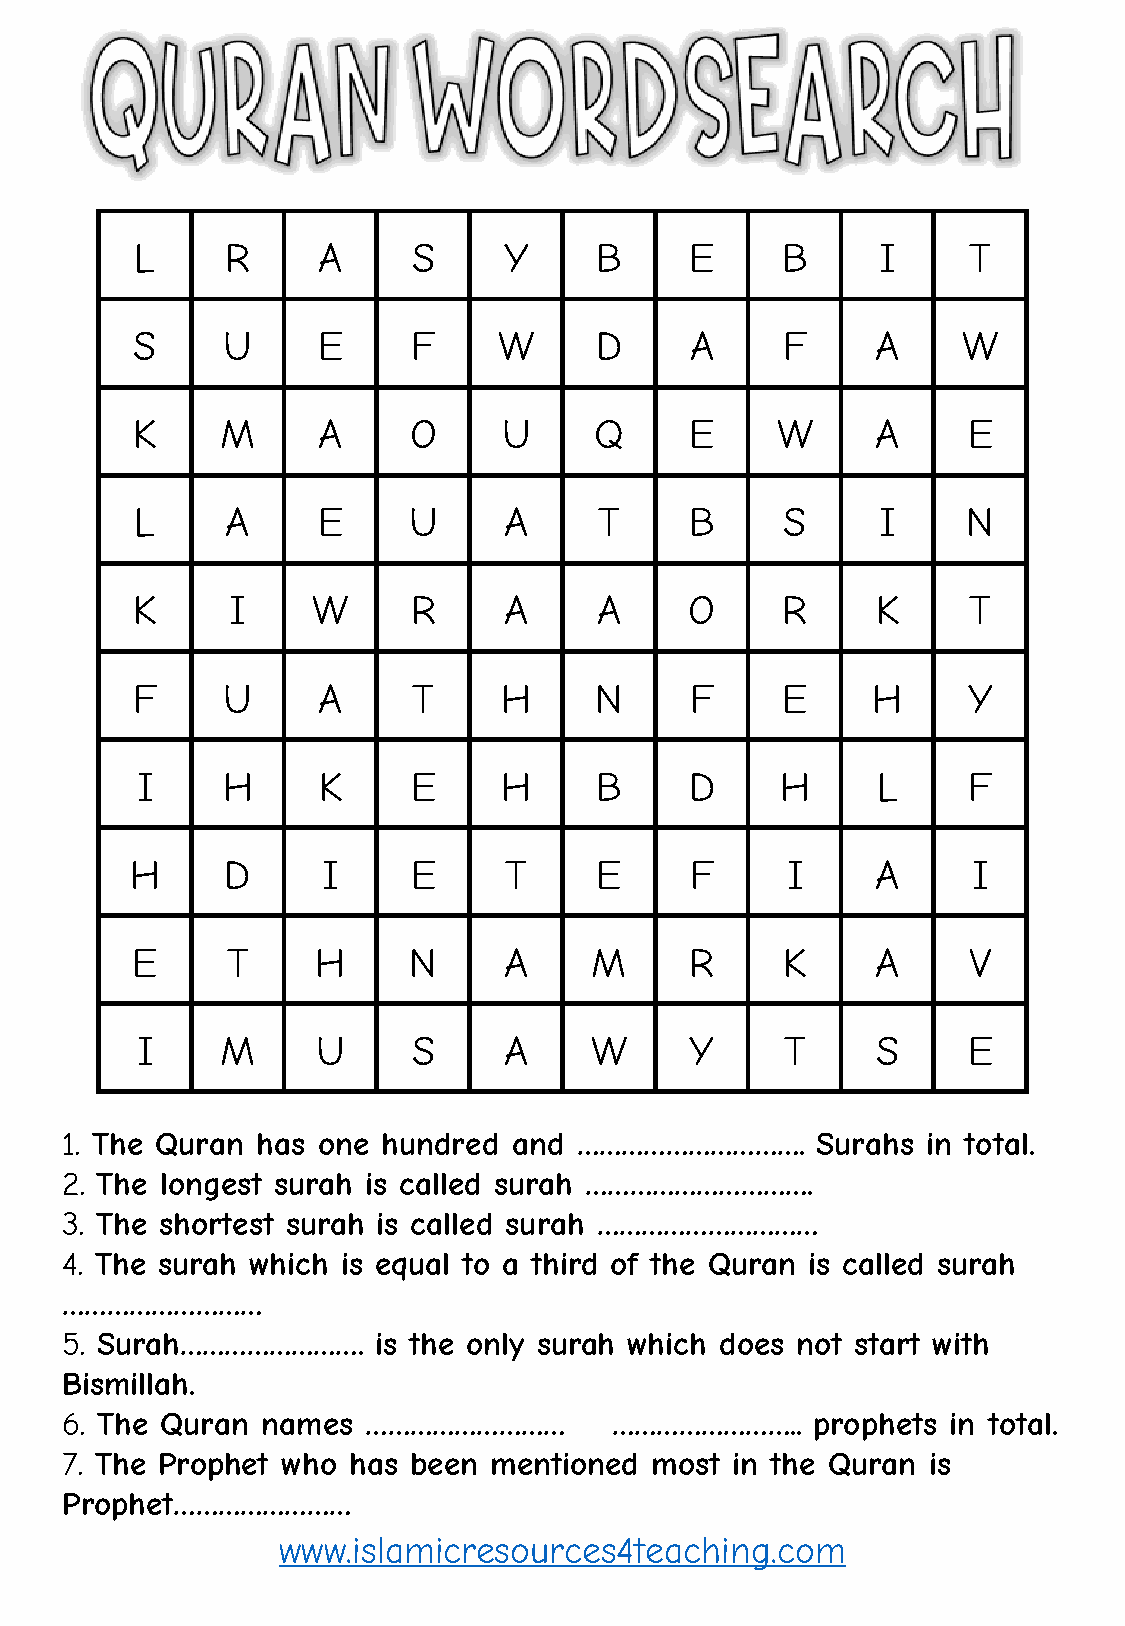
L     R     A     S     Y     B      E     B     I     T
 S     U     E     F     W     D      A     F     A     W
 K     M     A     O     U     Q      E    W      A     E
 L     A     E     U     A      T     B     S     I     N
 K     I     W     R     A      A     O     R     K     T
 F     U     A     T     H     N      F     E     H     Y
 I     H     K     E     H     B      D     H     L     F
 H     D     I     E     T     E      F     I     A     I
 E     T     H     N     A     M      R     K     A     V
 I     M     U     S     A     W      Y     T     S     E
 1. The Quran has one hundred  and ………………………….     Surahs in total.
 2. The longest surah is called surah ………………………….
 3. The shortest surah is called surah …………………………
 4. The surah which is equal to a third of the Quran is called surah
 ………………………
 5. Surah…………………….    is the only surah which does not start with
 Bismillah.
 6. The Quran names  ………………………        ……………………..   prophets in total.
 7. The Prophet who has been mentioned  most in the Quran is
 Prophet……………………
 www.islamicresources4teaching.com